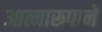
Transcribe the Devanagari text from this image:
आत्मारूपाने